Punjab Mental Hospital Lahore 1922-31 - 1922-1931
Year: 1922
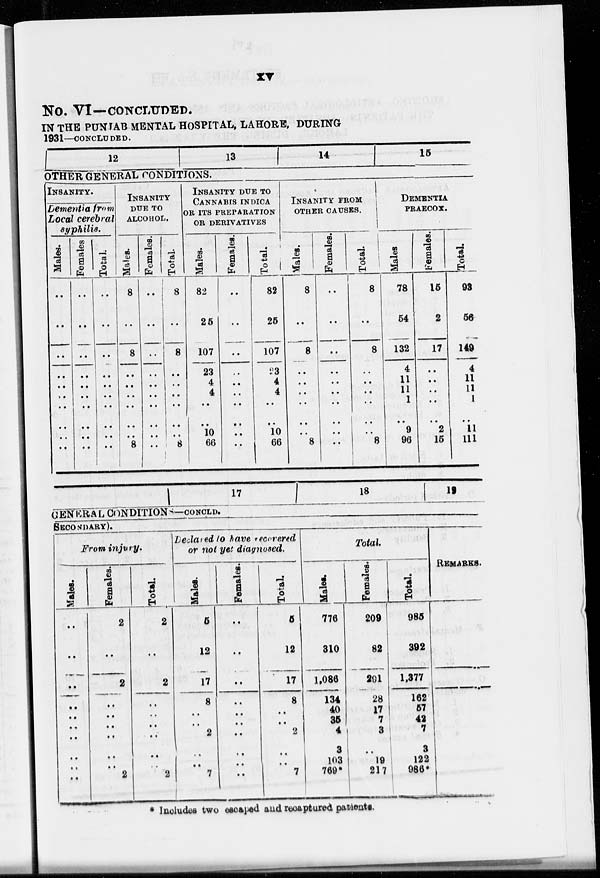
xv
NO. VI—CONCLUDED.
IN THE PUNJAB MENTAL HOSPITAL, LAHORE, DURING
1931—CONCLUDED.
12
13
14
15
OTHER GENERAL CONDITIONS.
INSANITY.
Dementia from
Local cerebral
syphilis.
Males.
..
..
..
..
..
..
..
..
..
..
Females.
..
..
..
..
..
..
..
..
..
..
Total.
..
..
..
..
..
..
..
..
..
..
INSANITY
DUE TO
ALCOHOL.
Males.
8
..
8
..
..
..
..
..
..
8
Females.
..
..
..
..
..
..
..
..
..
..
Total.
8
..
8
..
..
..
..
..
..
8
INSANITY DUE TO
CANNABIS INDICA
OR ITS PREPARATION
OR DERIVATIVES
Males.
82
25
107
23
4
4
..
..
10
66
Females.
..
..
..
..
..
..
..
..
..
..
Total.
82
25
107
23
4
4
..
..
10
66
INSANITY FROM
OTHER CAUSES.
Males.
8
..
8
..
..
..
..
..
..
8
Females.
..
..
..
..
..
..
..
..
..
..
Total.
8
..
8
..
..
..
..
..
8
DEMENTIA
PRAECOX.
Males.
78
54
132
4
11
11
1
..
9
96
Females.
15
2
17
..
..
..
..
..
2
15
Total.
93
56
149
4
11
11
1
..
11
111
17 18
19
GENERAL CONDITIONS—CONCLD.
SECONDARY).
From injury.
Males.
..
..
..
..
..
..
..
..
..
..
Females.
2
..
2
..
..
..
..
..
..
2
Total.
2
..
2
..
..
..
..
..
..
2
Declared to have recovered
or not yet diagnosed.
Males.
5
12
17
8
..
..
2
..
..
7
Females.
..
..
..
..
..
..
..
..
..
..
Total.
5
12
17
8
..
..
2
..
..
7
Total
Males.
776
310
1,086
134
40
35
4
3
103
769*
Females.
209
82
201
28
17
7
3
..
19
217
Total.
985
392
1,377
162
57
42
7
3
122
986*
REMARKS.
* Includes two escaped and recaptured patients.